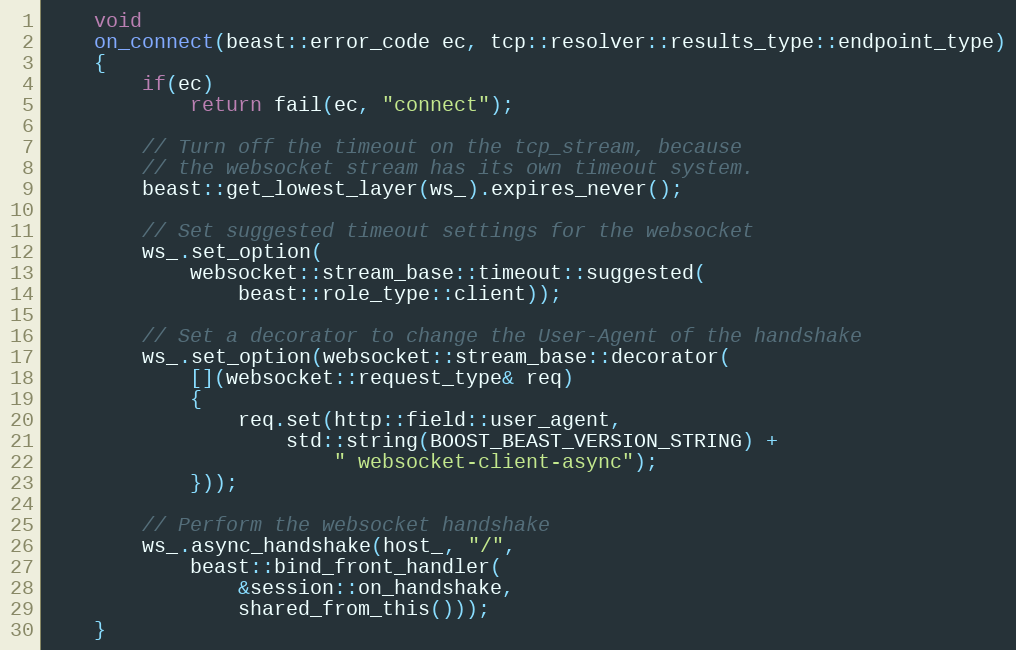
Language: C++
    void
    on_connect(beast::error_code ec, tcp::resolver::results_type::endpoint_type)
    {
        if(ec)
            return fail(ec, "connect");

        // Turn off the timeout on the tcp_stream, because
        // the websocket stream has its own timeout system.
        beast::get_lowest_layer(ws_).expires_never();

        // Set suggested timeout settings for the websocket
        ws_.set_option(
            websocket::stream_base::timeout::suggested(
                beast::role_type::client));

        // Set a decorator to change the User-Agent of the handshake
        ws_.set_option(websocket::stream_base::decorator(
            [](websocket::request_type& req)
            {
                req.set(http::field::user_agent,
                    std::string(BOOST_BEAST_VERSION_STRING) +
                        " websocket-client-async");
            }));

        // Perform the websocket handshake
        ws_.async_handshake(host_, "/",
            beast::bind_front_handler(
                &session::on_handshake,
                shared_from_this()));
    }